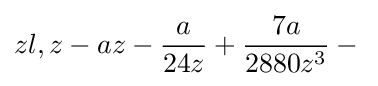
zl,z-az-{\frac {a}{24z}}+{\frac {7a}{2880z^{3}}}-{}